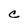
Character: C